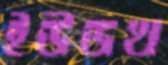
ইউডথ